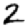
Digit: 2